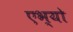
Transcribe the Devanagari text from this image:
एभ्यो